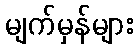
မျက်မှန်များ